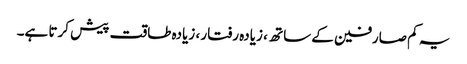
یہ کم صارفین کے ساتھ ، زیادہ رفتار ، زیادہ طاقت پیش کرتا ہے۔